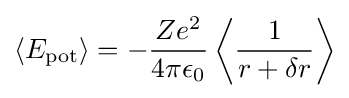
\langle E_{\mathrm {pot} }\rangle =-{\frac {Ze^{2}}{4\pi \epsilon _{0}}}\left\langle {\frac {1}{r+\delta r}}\right\rangle